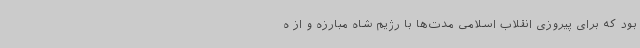
بود که برای پیروزی انقلاب اسلامی مدت‌ها با رژیم شاه مبارزه و از ه